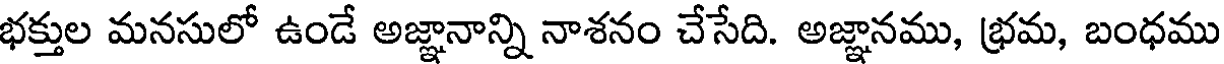
భక్తుల మనసులో ఉండే అజ్ఞానాన్ని నాశనం చేసేది. అజ్ఞానము, భ్రమ, బంధము